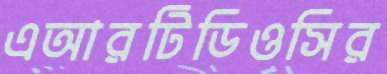
এআরটিডিওসির